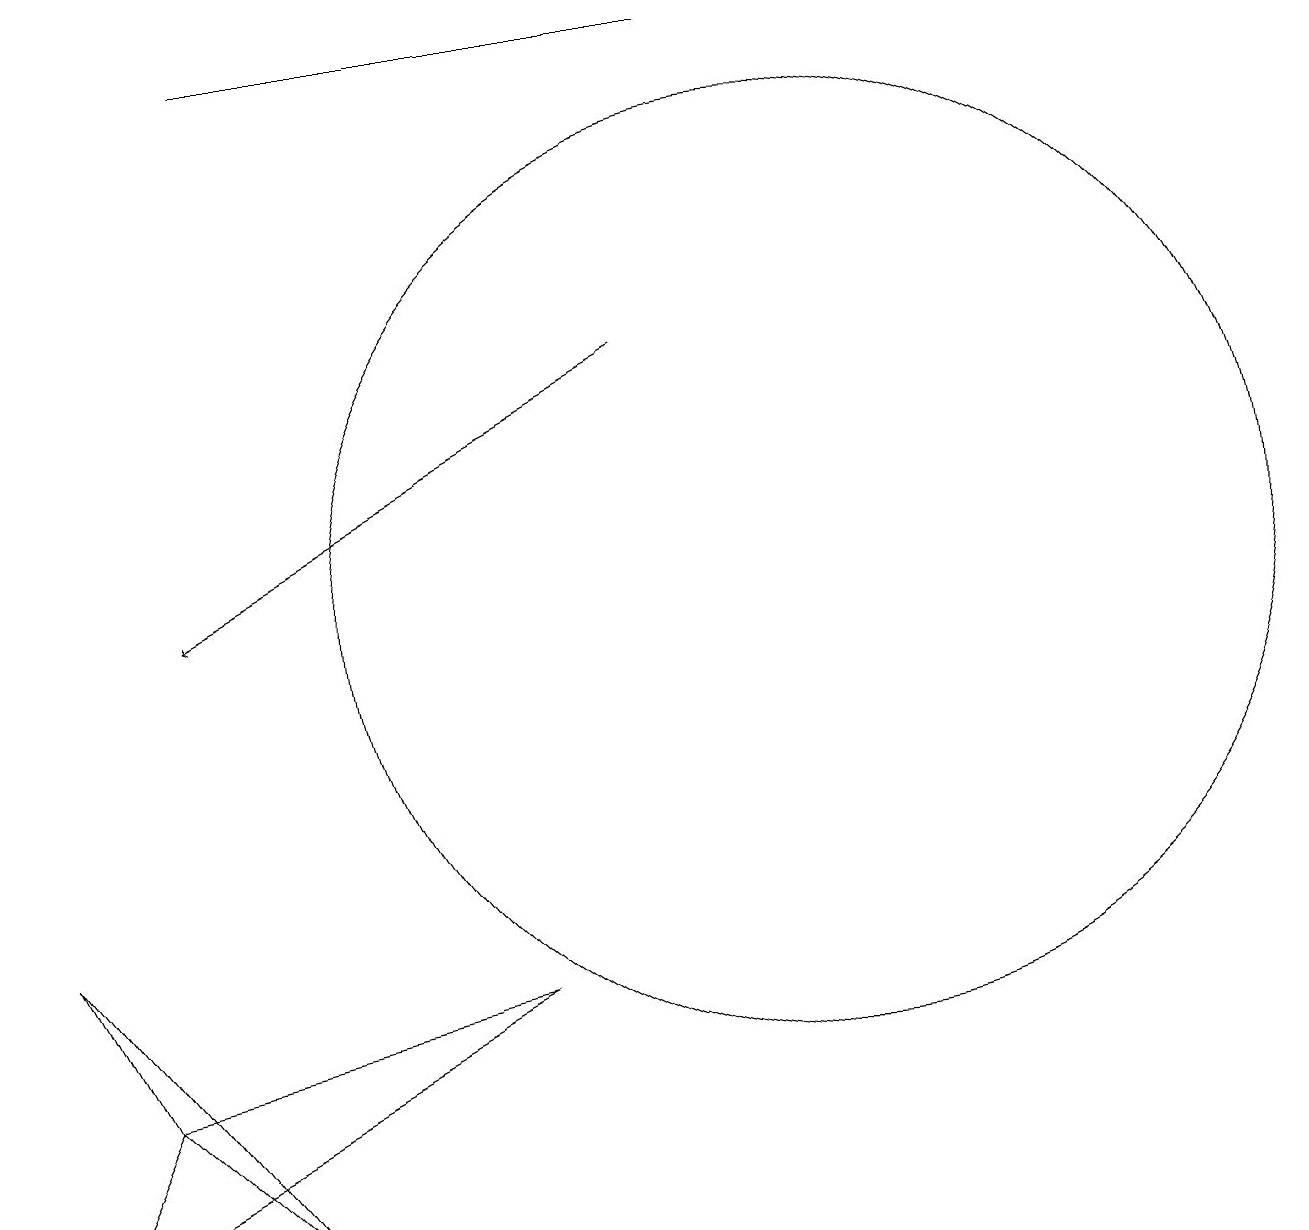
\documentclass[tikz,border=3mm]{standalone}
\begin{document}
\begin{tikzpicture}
\draw[->] (8,14) -- (2,11);
\draw (0,3) -- (6,6) -- (1,5) -- cycle;
\draw (3,3) -- (1,5) -- (0,7) -- cycle;
\draw (10,11) circle (6);
\draw (3,18) rectangle (9,18);
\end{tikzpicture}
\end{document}